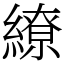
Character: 繚